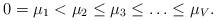
LaTeX: \begin{align*}0 = \mu_1 < \mu_2 \leq \mu_3 \leq \ldots \leq \mu_V.\end{align*}